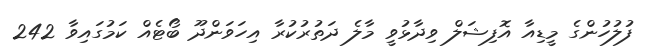
ފުލުހުންގެ މީޑިއާ އޮފިޝަލް ވިދާޅުވީ މާލެ ދަތުރުކުރާ އިހަވަންދޫ ބޯޓެއް ކަމުގައިވާ 242